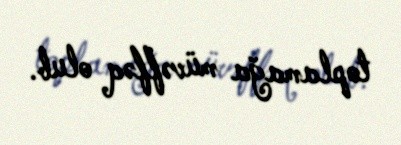
toplamağa müvəffəq olub.